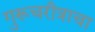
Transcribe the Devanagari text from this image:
गुरूचरीत्राचा